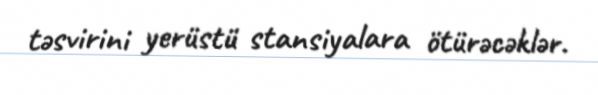
təsvirini yerüstü stansiyalara ötürəcəklər.